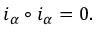
i _ { \alpha } \circ i _ { \alpha } = 0 .